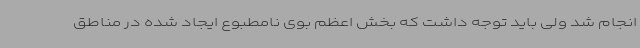
انجام شد ولی باید توجه داشت که بخش اعظم بوی نامطبوع ایجاد شده در مناطق